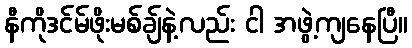
နီကိုဒင်မ်ဖိုးမစ်ချ်နဲ့လည်း ငါ အဖွဲ့ကျနေပြီ။